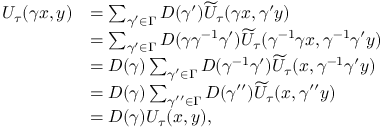
\begin{array} { r l } { U _ { \tau } ( \gamma x , y ) } & { = \sum _ { \gamma ^ { \prime } \in \Gamma } D ( \gamma ^ { \prime } ) \widetilde { U } _ { \tau } ( \gamma x , \gamma ^ { \prime } y ) } \\ & { = \sum _ { \gamma ^ { \prime } \in \Gamma } D ( \gamma \gamma ^ { - 1 } \gamma ^ { \prime } ) \widetilde { U } _ { \tau } ( \gamma ^ { - 1 } \gamma x , \gamma ^ { - 1 } \gamma ^ { \prime } y ) } \\ & { = D ( \gamma ) \sum _ { \gamma ^ { \prime } \in \Gamma } D ( \gamma ^ { - 1 } \gamma ^ { \prime } ) \widetilde { U } _ { \tau } ( x , \gamma ^ { - 1 } \gamma ^ { \prime } y ) } \\ & { = D ( \gamma ) \sum _ { \gamma ^ { \prime \prime } \in \Gamma } D ( \gamma ^ { \prime \prime } ) \widetilde { U } _ { \tau } ( x , \gamma ^ { \prime \prime } y ) } \\ & { = D ( \gamma ) U _ { \tau } ( x , y ) , } \end{array}